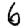
Digit: 6